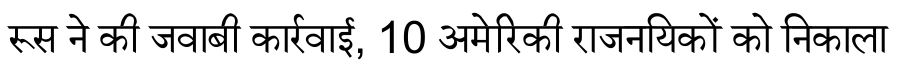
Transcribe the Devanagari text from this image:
रूस ने की जवाबी कार्रवाई, 10 अमेरिकी राजनयिकों को निकाला